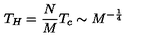
T _ { H } = \frac { N } { M } T _ { c } \sim M ^ { - \frac { 1 } { 4 } }